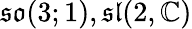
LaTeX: {\mathfrak{so}}(3;1),{\mathfrak{sl}}(2,\mathbb{C})